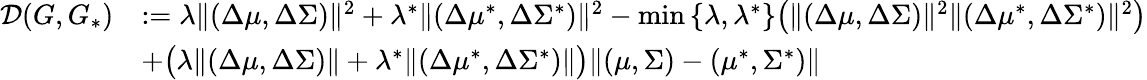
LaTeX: \begin{array}{rl}{\mathcal{D}(G,G_{*})}&{:=\lambda\| (\Delta\mu,\Delta\Sigma)\| ^{2}+\lambda^{*}\| (\Delta\mu^{*},\Delta\Sigma^{*})\| ^{2}-\operatorname*{min}\left\{ \lambda,\lambda^{*}\right\} \big(\| (\Delta\mu,\Delta\Sigma)\| ^{2}\| (\Delta\mu^{*},\Delta\Sigma^{*})\| ^{2}\big)}\\ &{+\big(\lambda\| (\Delta\mu,\Delta\Sigma)\| +\lambda^{*}\| (\Delta\mu^{*},\Delta\Sigma^{*})\| \big)\| (\mu,\Sigma)-(\mu^{*},\Sigma^{*})\| }\end{array}